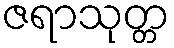
ဇရာသုတ္တ